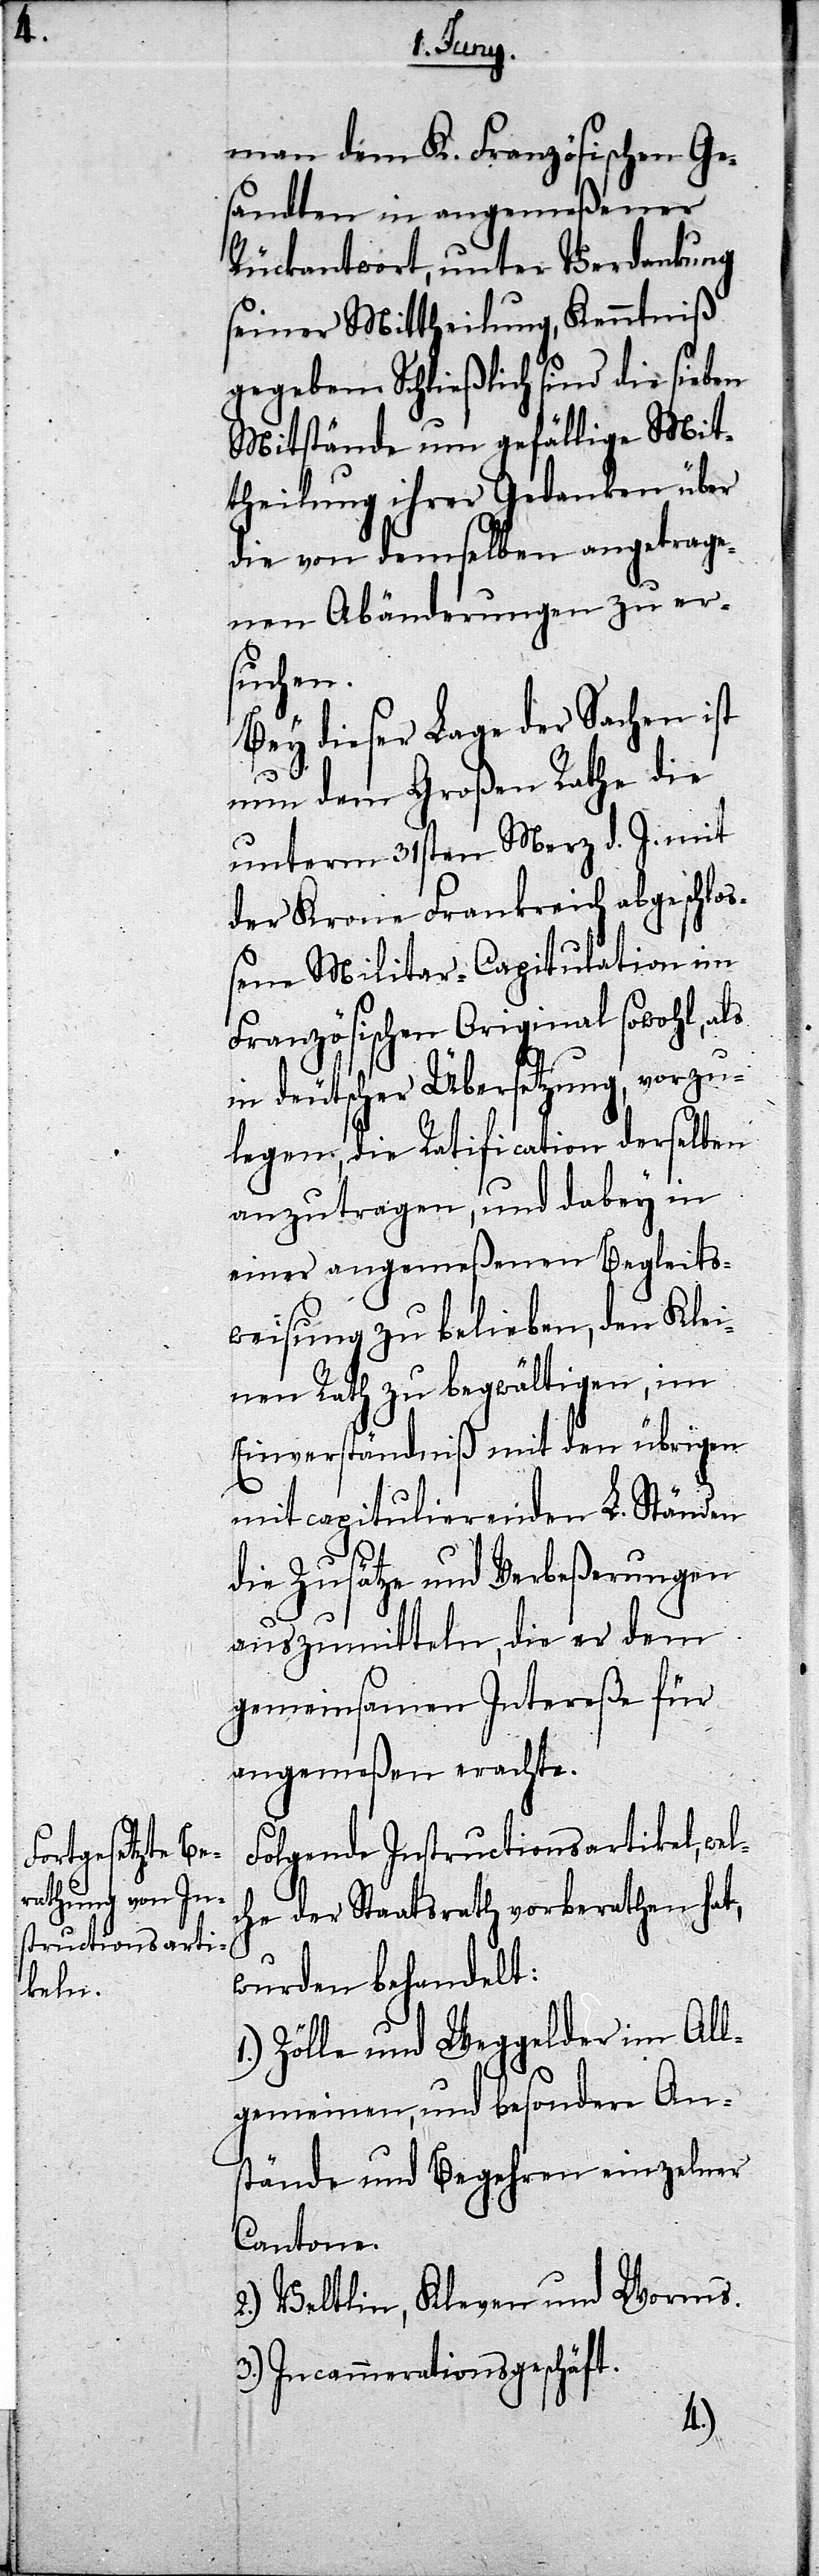
man dem K. Französischen Ge¬
sandten in angemeßener
Rückantwort, unter Verdankung
seiner Mittheilung, Kenntniß
gegeben. Schließlich sind die sieben
Mitstände um gefällige Mit¬
theilung ihrer Gedanken über
die von demselben angetrage¬
nen Abänderungen zu er¬
suchen.
Bey dieser Lage der Sachen ist
nun dem Großen Rathe die
unterm 31sten Merz d. J. mit
der Krone Frankreich abgeschlo¬
ßene Militar-Capitulation im
Französischen Original sowohl, als
in deutscher Übersetzung, vorzu¬
legen, die Ratification derselben
anzutragen, und dabey in
einer angemeßenen Begleits¬
weisung zu belieben, den Klei¬
nen Rath zu begwältigen, im
Einverständniß mit den übrigen
mit capitulierenden L. Ständen
die Zusätze und Verbeßerungen
auszumitteln, die er dem
gemeinsamen Intereße für
angemeßen erachte.
Folgende Instructionsartikel, wel¬
che der Staatsrath vorberathen hat,
wurden behandelt:
Zölle und Weggelder im All¬
gemeinen, und besondere An¬
stände und Begehren einzelner
Cantone.
2.) Veltlin, Kleven und Worms.
3.) Incammerationsgeschäft.
1.)